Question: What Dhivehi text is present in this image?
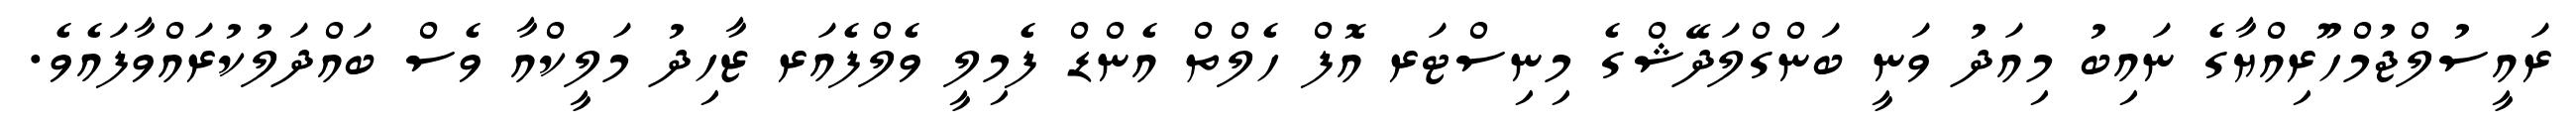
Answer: ރައީސުލްޖުމްހޫރިއްޔާގެ ނައިބު މިއަދު ވަނީ ބަންގްލަދޭޝްގެ މިނިސްޓަރ އޮފް ހެލްތް އެންޑް ފެމިލީ ވެލްފެއަރ ޒާހިދު މަލީކްއާ ވެސް ބައްދަލުކުރައްވާފައެވެ.